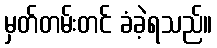
မှတ်တမ်းတင် ခံခဲ့ရသည်။